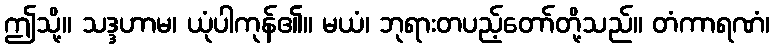
ဤသို့။ သဒ္ဒဟာမ၊ ယုံပါကုန်၏။ မယံ၊ ဘုရားတပည့်တော်တို့သည်။ တံကာရဏံ၊